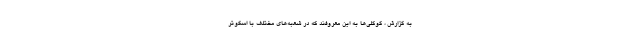
به گزارش ، گوگلی‌ها به این معروفند که در شعبه‌های مختلف با اسکوتر